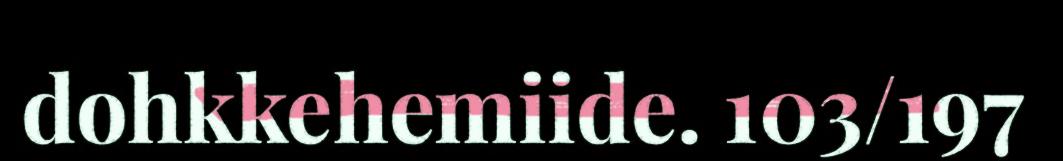
dohkkehemiide. 103/197